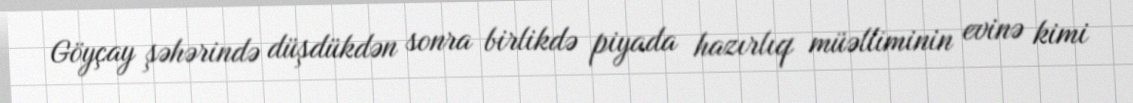
Göyçay şəhərində düşdükdən sonra birlikdə piyada hazırlıq müəlliminin evinə kimi